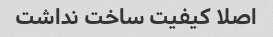
اصلا کیفیت ساخت نداشت